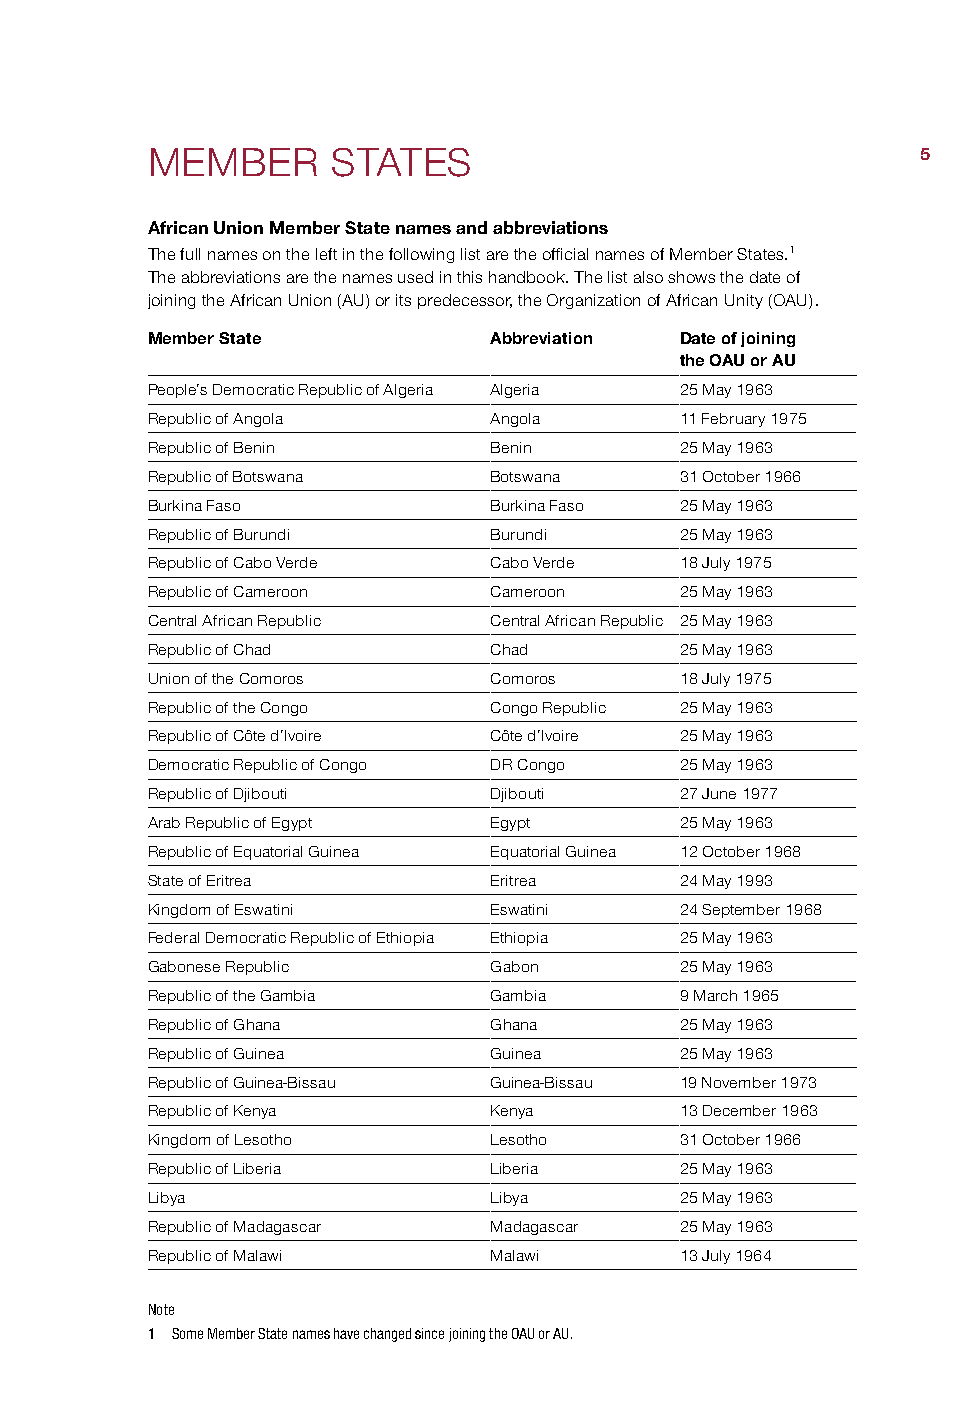
MEMBER      STATES                                 5
 African Union Member State names and abbreviations
 The full names on the left in the following list are the official names of Member States.1
 The abbreviations are the names used in this handbook. The list also shows the date of
 joining the African Union (AU) or its predecessor, the Organization of African Unity (OAU).
 Member State          Abbreviation Date of joining
 the OAU or AU
 People’s Democratic Republic of Algeria Algeria 25 May 1963
 Republic of Angola    Angola       11 February 1975
 Republic of Benin     Benin        25 May 1963
 Republic of Botswana  Botswana     31 October 1966
 Burkina Faso          Burkina Faso 25 May 1963
 Republic of Burundi   Burundi      25 May 1963
 Republic of Cabo Verde Cabo Verde  18 July 1975
 Republic of Cameroon  Cameroon     25 May 1963
 Central African Republic Central African Republic 25 May 1963
 Republic of Chad      Chad         25 May 1963
 Union of the Comoros  Comoros      18 July 1975
 Republic of the Congo Congo Republic 25 May 1963
 Republic of Côte d’Ivoire Côte d’Ivoire 25 May 1963
 Democratic Republic of Congo DR Congo 25 May 1963
 Republic of Djibouti  Djibouti     27 June 1977
 Arab Republic of Egypt Egypt       25 May 1963
 Republic of Equatorial Guinea Equatorial Guinea 12 October 1968
 State of Eritrea      Eritrea      24 May 1993
 Kingdom of Eswatini   Eswatini     24 September 1968
 Federal Democratic Republic of Ethiopia Ethiopia 25 May 1963
 Gabonese Republic     Gabon        25 May 1963
 Republic of the Gambia Gambia      9 March 1965
 Republic of Ghana     Ghana        25 May 1963
 Republic of Guinea    Guinea       25 May 1963
 Republic of Guinea-Bissau Guinea-Bissau 19 November 1973
 Republic of Kenya     Kenya        13 December 1963
 Kingdom of Lesotho    Lesotho      31 October 1966
 Republic of Liberia   Liberia      25 May 1963
 Libya                 Libya        25 May 1963
 Republic of Madagascar Madagascar  25 May 1963
 Republic of Malawi    Malawi       13 July 1964
 Note
 1 Some Member State names have changed since joining the OAU or AU.